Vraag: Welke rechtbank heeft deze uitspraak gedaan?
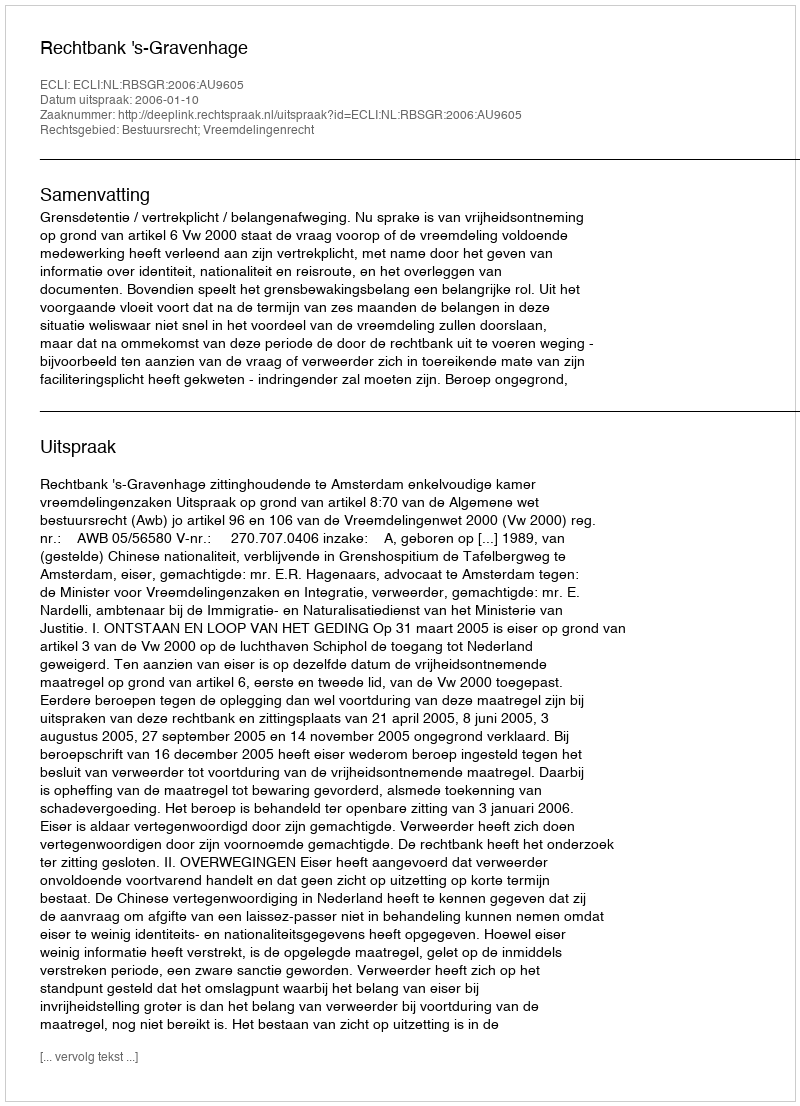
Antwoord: Rechtbank 's-Gravenhage